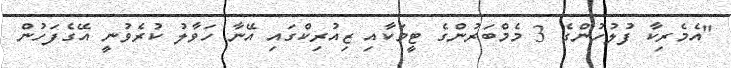
"އެމެރިކާ ފުލުހުންގެ 3 މެމްބަރުންގެ ޓީމަކާއި ޒިއުރިކްގައި އޭނާ ހަވާލު ކުރެވުނީ އޭގެފަހުން